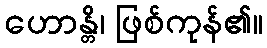
ဟောန္တိ၊ ဖြစ်ကုန်၏။